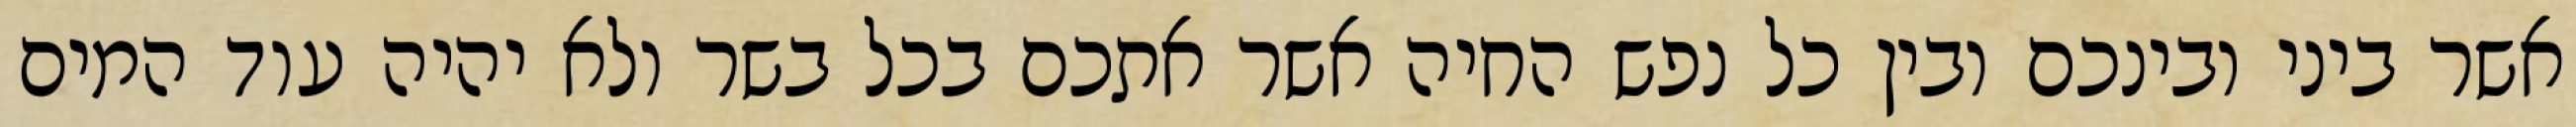
אשר ביני ובינכם ובין כל נפש החיה אשר אתכם בכל בשר ולא יהיה עוד המים